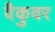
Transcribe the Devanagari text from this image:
वैकुवर